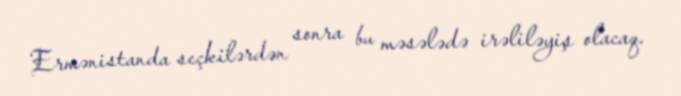
Ermənistanda seçkilərdən sonra bu məsələdə irəliləyiş olacaq.